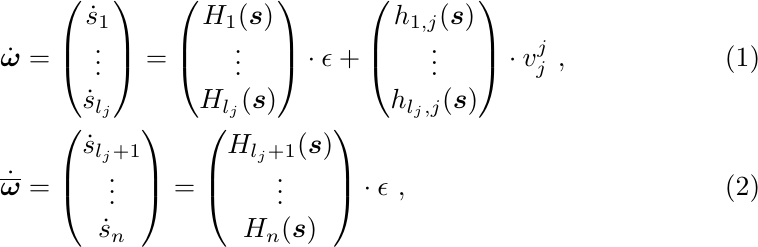
\begin{align}
     \dot{\boldsymbol{\omega}}&=\begin{pmatrix}
 \dot{s}_1\\
 \vdots\\
\dot{s}_{l_j}
\end{pmatrix}=
\begin{pmatrix}
H_1(\boldsymbol{s}) \\
 \vdots\\
H_{l_j}(\boldsymbol{s})
\end{pmatrix} \cdot \epsilon +
\begin{pmatrix}
h_{1,j}(\boldsymbol{s}) \\
 \vdots\\
h_{l_j,j}(\boldsymbol{s})
\end{pmatrix} \cdot v^j_j  \label{system:E:a} \ , \\
     \dot{\boldsymbol{\overline{\omega}}}&=\begin{pmatrix}
 \dot{s}_{l_j+1}\\
 \vdots\\
\dot{s}_n
\end{pmatrix}=
\begin{pmatrix}
H_{l_j+1}(\boldsymbol{s}) \\
 \vdots\\
H_{n}(\boldsymbol{s})
\end{pmatrix} \cdot \epsilon \label{system:E:b} \ ,
\end{align}